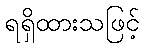
ရရှိထားသဖြင့်